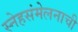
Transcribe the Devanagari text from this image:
स्नेहसंमेलनाची